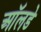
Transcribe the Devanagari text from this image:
ऑलडे